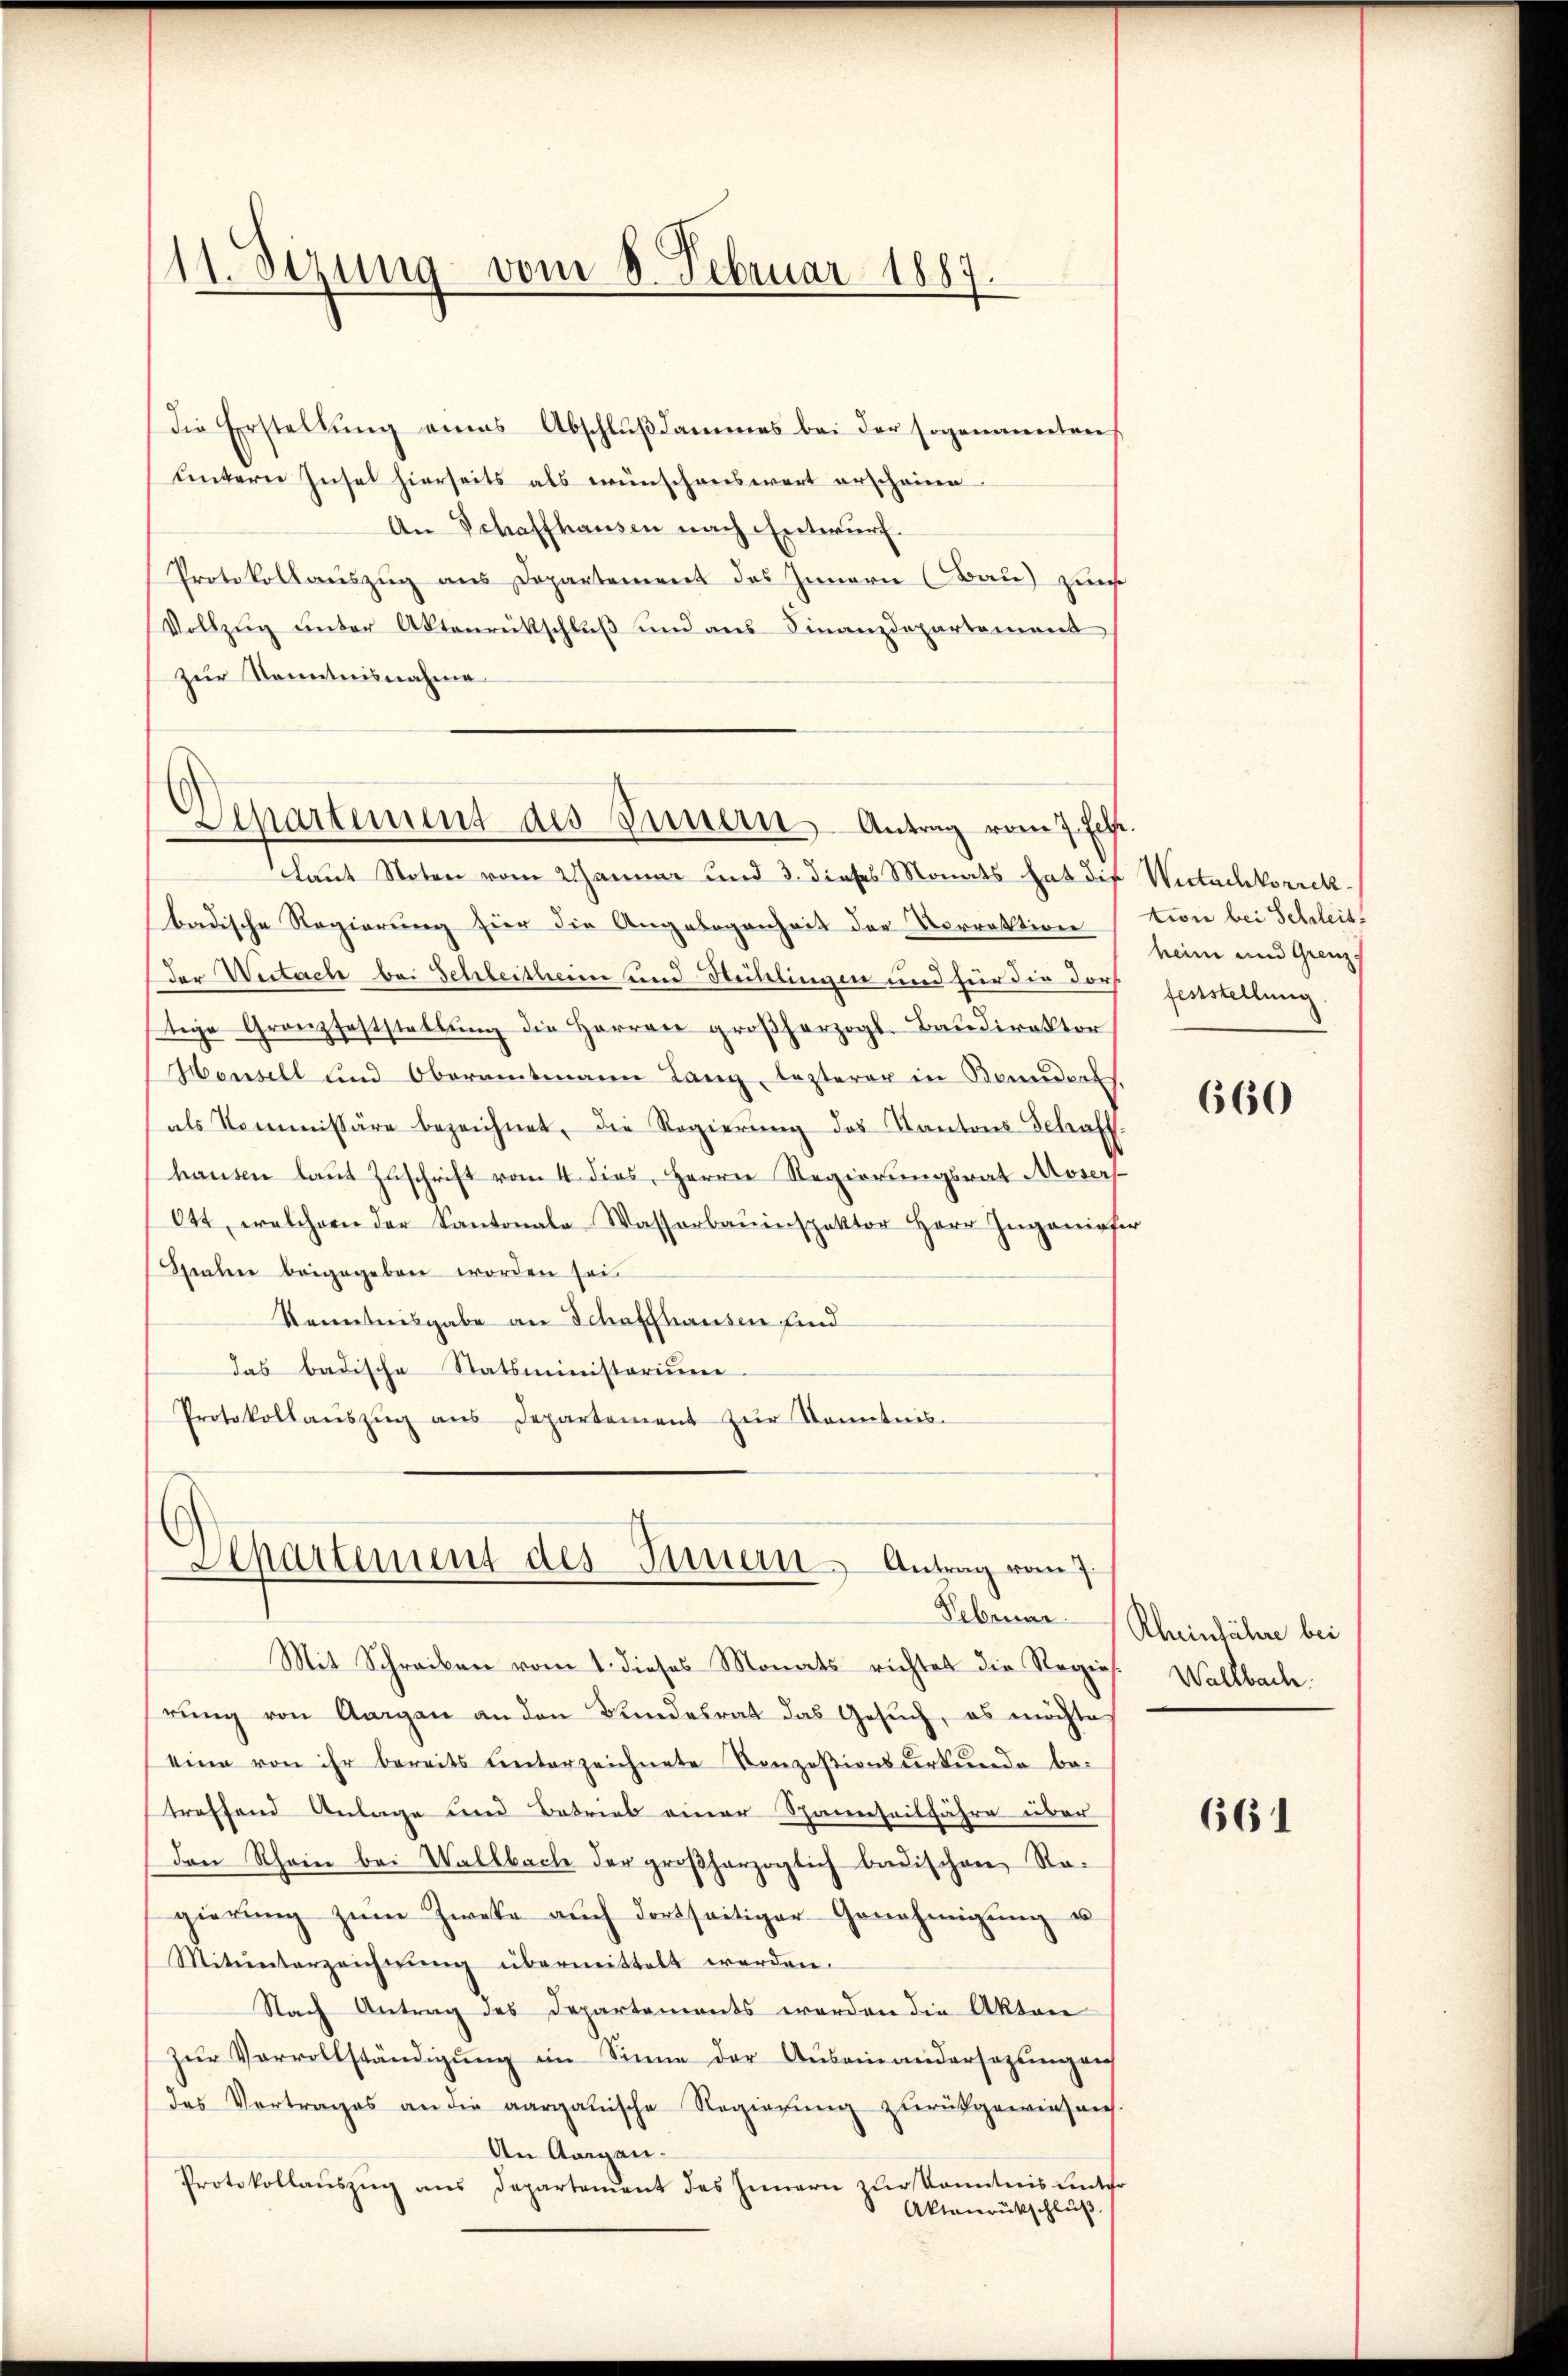
11. Sezung vom 8. Februar 1887.

die Erstellŭng eines Abschlŭβdammes bei der sogenannten
untern Insel hierseits als wünschenswert erscheine
An Schaffhausen nach Entwurf.
Protokollauszug aus Dopartement des Innern (Bau) zur
Vollzug unter Aktenrückschluß und aus Finanzdepartement
zur Kenntnisnahme

Departement des Innern Antrag vom 7. Eife

Laut Noten vom Wanner und 3. dieses Monats hat die Wertachkorrekbadische Regierung für die Angelegenheit der Vorrektion tion bei Schreits
der Weitach bei Schleitheim und Hühlingen und für die doch feststellung
stige Granzfeststellung die Herren großherzogl. Baudirektor
Hensell und Oberamtmann Lanz lezterer in Bonndorts.
als Kommissäre bezeichnet, die Regierŭng des Kantons Schaff-
hausen laut Zuschrift vom 4. dies, Herrn Regierungsrat Mosers
644, welchem der Kantonale Wasserbauinspektor Herr Ingeniefer
Strahen beigegeben worden sei.
Kenntnisgabe an Schaffhausen sind
das badische Statsministerium
Protokollaŭszŭg ans Departement zŭr Kenntnis.

Separtement des Innern Antrag von
Februar

Mit Schreiben vom 1. dieses Monats richtet die Regierŭng von Aargau an den Bundesrat das Gesŭch, es möchte
eine von ihr bereits unterzeichnete Konzesionsurkunde be-
treffend Anlage und Betrieb einer Spannseilfahre über
Den Rhein bei Wallbache der großherzoglich badischen Ragierŭng zŭm Zweke auch dortseitiger Genehmigŭng u
Mitunterzeichnŭng übermittelt werden.
Nach Antrag des Departements worden die Aktore
zŭr Vervollständigŭng im Sinne der Auseinandersezungen
des Vortrages an die aargauische Regierung zurückgewiesens.
An Aargau.
Protokollaŭszŭg ans Departement des Innern zur Kenntnis unter
Aktenrückschluß.

heim und Grenz-

660

Rheinlähre bei
Waltbach.

661